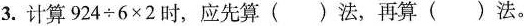
3.计算924÷6×2时，应先算()法，再算()法。